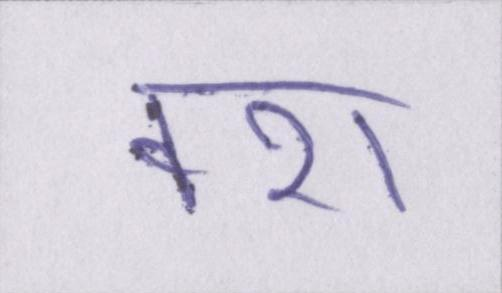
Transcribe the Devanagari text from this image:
वश